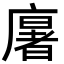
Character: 𢋂